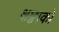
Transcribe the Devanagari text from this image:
क्षछ्वाको